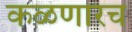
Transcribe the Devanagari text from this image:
कळणारच